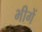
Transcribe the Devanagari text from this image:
भीगें